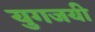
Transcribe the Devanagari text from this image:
युगजयी